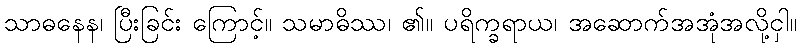
သာဓနေန၊ ပြီးခြင်း ကြောင့်။ သမာဓိဿ၊ ၏။ ပရိက္ခရာယ၊ အဆောက်အအုံအလို့ငှါ။